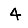
Digit: 4